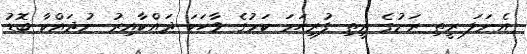
އެނަލަ ރީތި ރަށުގެ ރީތި ފުރިހަމަ ކަމުގެ ވާހަކަ ދައްކާއިރު ނުދައްކާ ބޮޑު